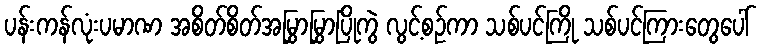
ပန်းကန်လုံးပမာဏ အစိတ်စိတ်အမြွှာမြွှာပြိုကွဲ လွင့်စဉ်ကာ သစ်ပင်ကြို သစ်ပင်ကြားတွေပေါ်